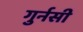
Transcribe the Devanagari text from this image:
गुर्नसी